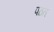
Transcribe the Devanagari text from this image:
पठत